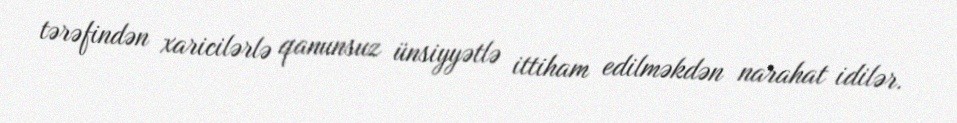
tərəfindən xaricilərlə qanunsuz ünsiyyətlə ittiham edilməkdən narahat idilər.